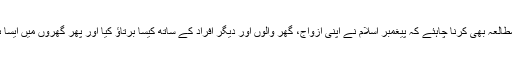
انہوں نے کہا کہ ہمیں یہ مطالعہ بھی کرنا چاہئے کہ پیغمبر اسلام نے اپنی ازواج، گھر والوں اور دیگر افراد کے ساتھ کیسا برتاؤ کیا اور پھر گھروں میں ایسا ہی ماحول پیدا کرنا چاہئے۔